Leaving Certificate Examination, 1921
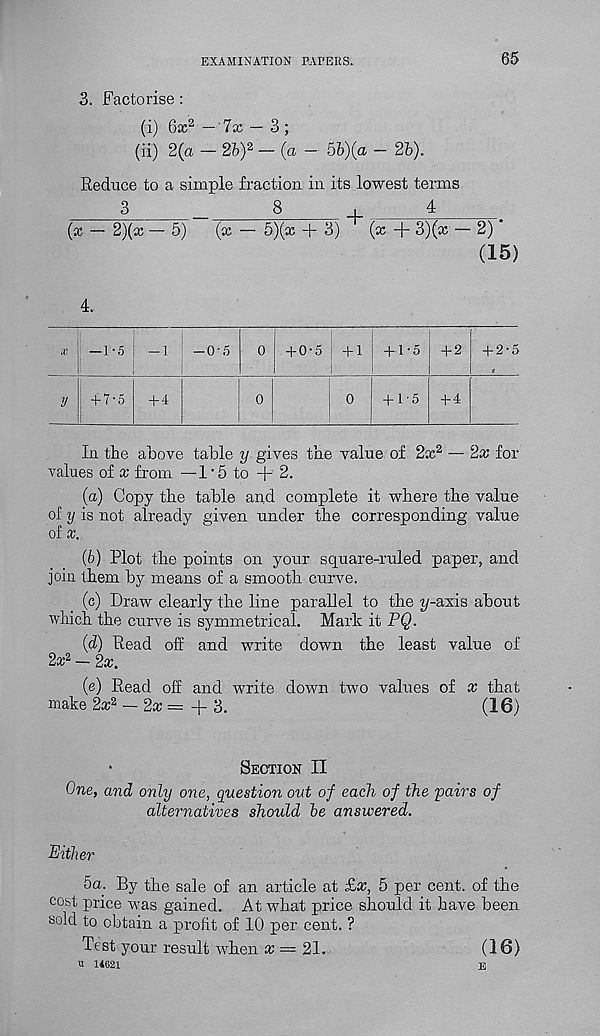
EXAMINATION PAPERS.
65
3. Factorise:
(i) 6x 2 — 7x — 3 ;
(ii) 2(a - 2b) 2 - (a - 5b)(a - 2b).
Reduce to a simple fraction in its lowest terms
3
...
8
,
4
(x — 2)(x — 5)
(x — 5)(x + 3)
(x + 3)(x — 2)
(15)
4.
-1-0 ! -I
-0-5
“(-0"5: ■pt +1'5 + 2 + 2-5
+ 7-5
+ 4
+ 1-5 + 4
In the above table y gives the value of 2x 2 — 2x for
values of x from —1'5 to +2.
(a) Copy the table and complete it where the value
of y is not already given under the corresponding value
of x.
(b) Plot the points on your square-ruled paper, and
join them by means of a smooth curve.
(c) Draw clearly the line parallel to the y-axis about
which the curve is symmetrical. Mark it PQ.
(d) Read off and write down the least value of
2x 2 — 2x.
(e) Read off and write down two values of x that
make 2x 2 — 2x = + 3.
(16)
•
Section II
One, and only one, question out of each of the pairs of
alternatives should be answered.
Either
5a. By the sale of an article at £x, 5 per cent, of the
cost price was gained. At what price should it have been
sold to obtain a profit of 10 per cent. ?
Test your result when a; = 21.
(16)
u 14621
E